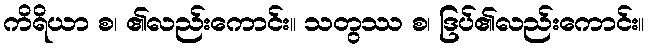
ကိရိယာ စ၊ ၏လည်းကောင်း။ သတွဿ စ၊ ဒြပ်၏လည်းကောင်း။